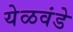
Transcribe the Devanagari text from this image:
येळवंडे